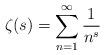
LaTeX: \begin{align*} \zeta(s)=\sum_{n=1}^\infty \frac{1}{n^s}\end{align*}